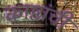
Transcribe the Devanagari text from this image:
काष्ठांची